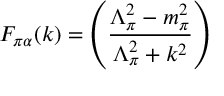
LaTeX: F _ { \pi \alpha } ( k ) = \left( \frac { \Lambda _ { \pi } ^ { 2 } - m _ { \pi } ^ { 2 } } { \Lambda _ { \pi } ^ { 2 } + k ^ { 2 } } \right)